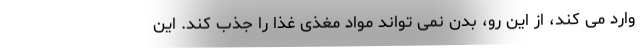
وارد می کند، از این رو، بدن نمی تواند مواد مغذی غذا را جذب کند. این